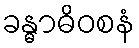
ခန္ဓာဓိဝစနံ